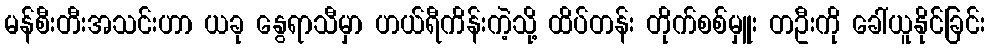
မန်စီးတီးအသင်းဟာ ယခု နွေရာသီမှာ ဟယ်ရီကိန်းကဲ့သို့ ထိပ်တန်း တိုက်စစ်မှူး တဦးကို ခေါ်ယူနိုင်ခြင်း